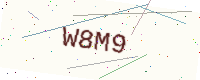
Text: W8M9